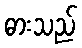
ဓားသည်